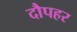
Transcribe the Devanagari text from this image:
दौपहर